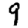
Digit: 9